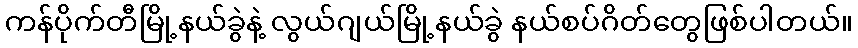
ကန်ပိုက်တီမြို့နယ်ခွဲနဲ့ လွယ်ဂျယ်မြို့နယ်ခွဲ နယ်စပ်ဂိတ်တွေဖြစ်ပါတယ်။